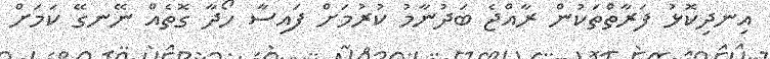
އިނދިކޮޅު ފަރާތްތަކުން ރާއްޖެ ބަދުނާމު ކުރުމަށް ފައިސާ ހޯދާ ގޮތެއް ނޭނގޭ ކަމަށް